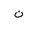
Letter: _non